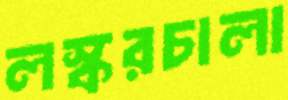
লস্করচালা